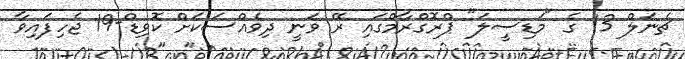
ޗެނަލް 13 ގެ "މަޑިސީލަ" ޕްރޮގްރާމްގައި ރޭ ވަނީ ދިވެއްސަކަށް ކޮވިޑް-19 ޖެހިފައިވާ